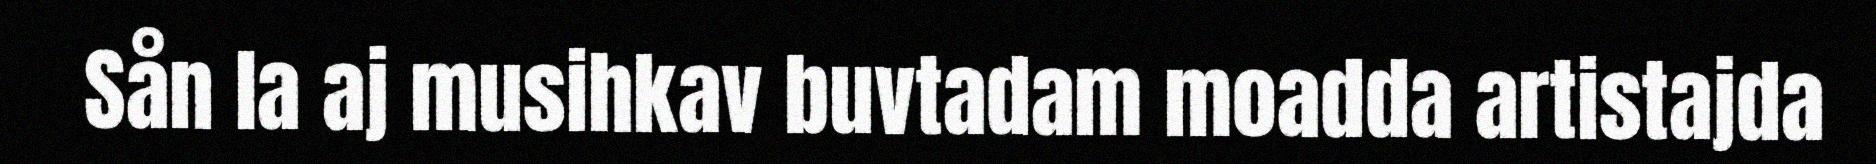
Sån la aj musihkav buvtadam moadda artistajda